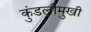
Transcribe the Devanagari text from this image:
कुंडलीमुखी